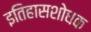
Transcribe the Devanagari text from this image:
इतिहासशोधक